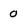
Character: o